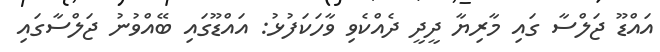
އައްޑޫ ޖަލްސާ ގައި މާރިޔާ ދީދީ ދެއްކެވި ވާހަކަފުޅު: އައްޑޫގައި ބޭއްވުނު ޖަލްސާގައި